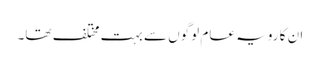
ان کا رویہ عام لوگوں سے بہت مختلف تھا۔